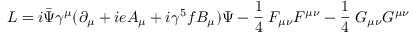
{ \cal L } = i \bar { \Psi } \gamma ^ { \mu } ( \partial _ { \mu } + i e A _ { \mu } + i \gamma ^ { 5 } f B _ { \mu } ) \Psi - { \frac { 1 } { 4 } } \; F _ { \mu \nu } F ^ { \mu \nu } - { \frac { 1 } { 4 } } \; G _ { \mu \nu } G ^ { \mu \nu }